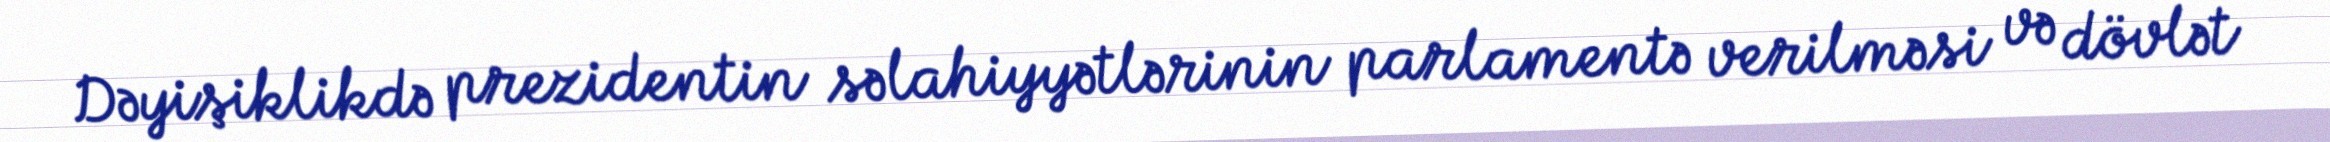
Dəyişiklikdə prezidentin səlahiyyətlərinin parlamentə verilməsi və dövlət